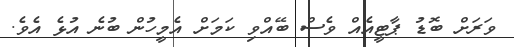
ވަރަށް ބޮޑު ޕާޓީއެއް ވެސް ބޭއްވި ކަމަށް އެމީހުން ބުނެ އުޅެ އެވެ.